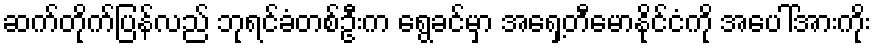
ဆက်တိုက်ပြန်လည် ဘုရင်ခံတစ်ဦးက ရွေခင်မှာ အရှေ့တီမောနိုင်ငံကို အပေါ်အားကိုး